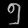
Digit: ၅